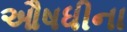
ઔષધીના